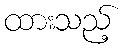
ထားသည့်